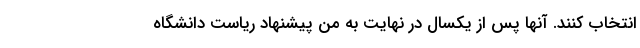
انتخاب کنند. آنها پس از یکسال در نهایت به من پیشنهاد ریاست دانشگاه